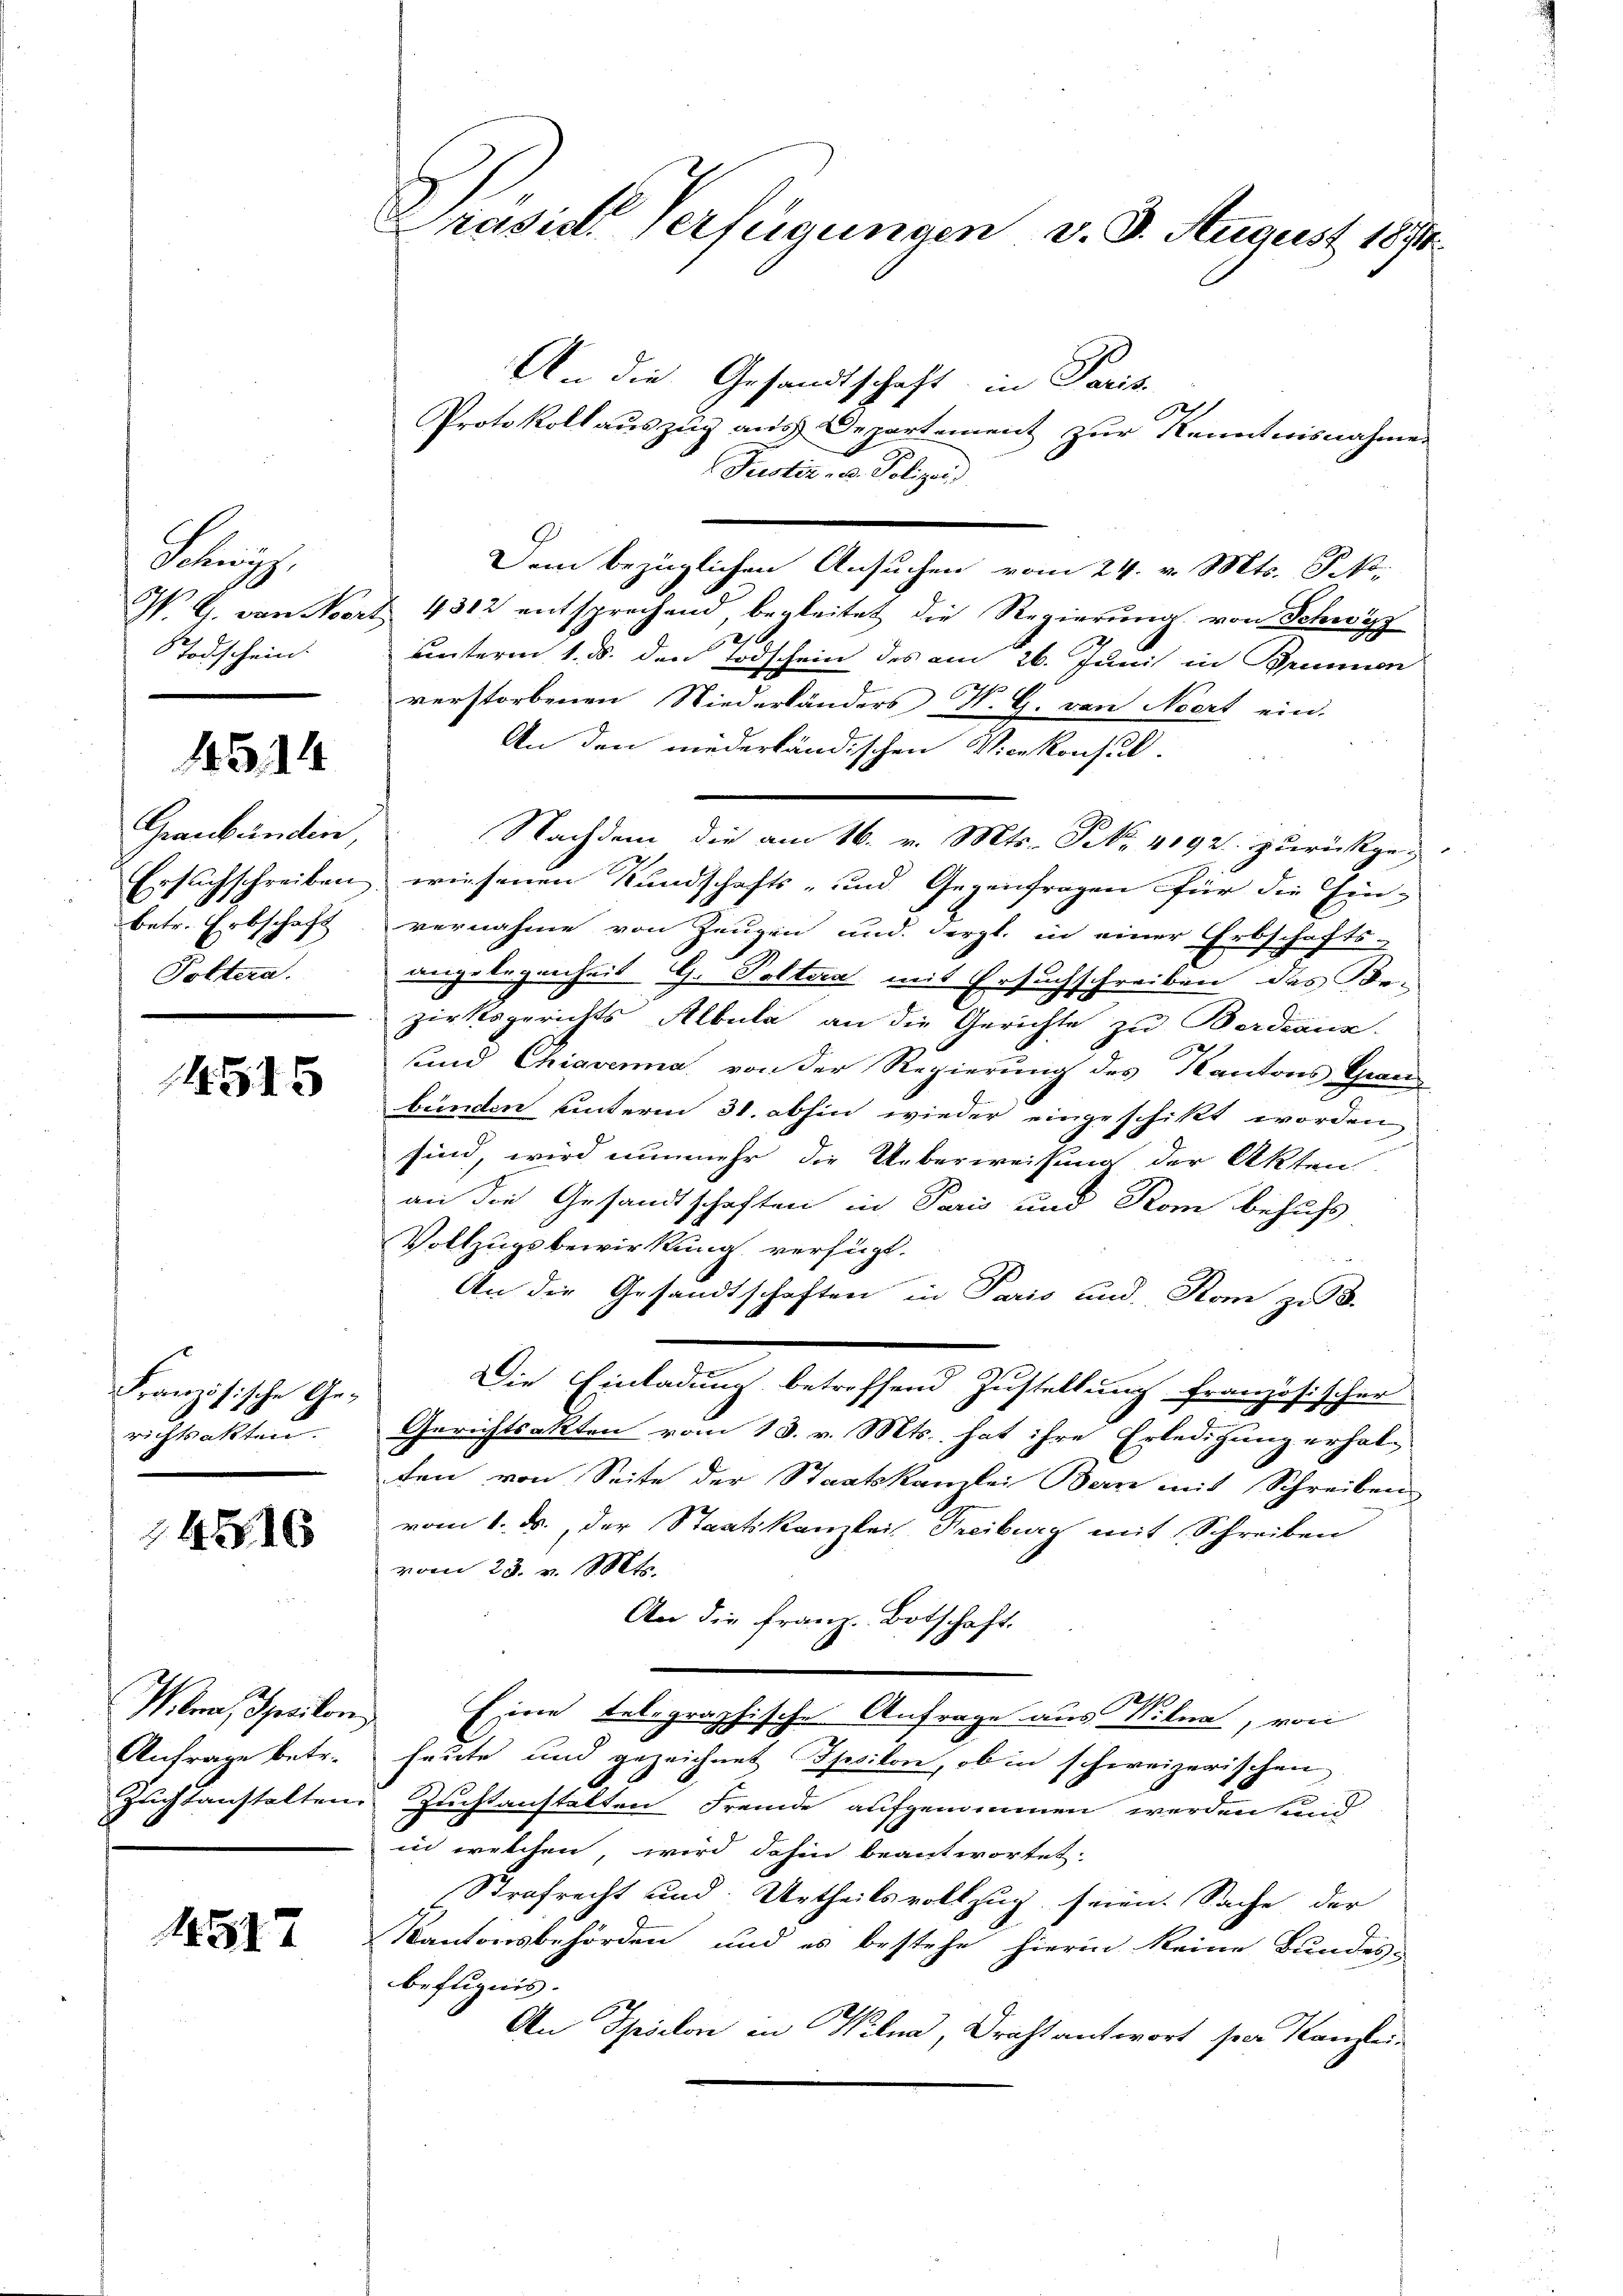
Sig
S. G. von No
 Todschein.

14514

Graubünden,
betr. Erbschaft
Poltern.

14515

Französische Gerichtsakten.

14516

Miter, Speilon
Anfrage betr.

1517

Präsid. Verfügungen v. 8. August 1874

An die Gesandtschaft in Paris
Protokoll auszug aus Departement zur Kenntnisnahme
Justiz- u. Polizei
Dem bezüglichen Ansuchen vom 24. v. Mts. Jako
4312 entsprechend, begleitet die Regierung von Schwyz
2
unterm 1. d. den Todschein des am 26. Juni in Brunnen
verstorbenen Niederländers K. G. von Neert ein-
An den niederländischen Vicekonsul-
Nachdem die am 16. v. Mts. S. 4192. zurückge-
Ersuchschreiben wiesenen Kundschafts- und Gegenfragen für die Ein-
vernahme von Zeugen und dergl. in einer Erbschafts-
angelegenheit G. Poltera mit Ersuchschreiben des Be-
zirksgerichts Albula an die Gerichte zu Berdiens.
sund Chiavenia von der Regierung des Kantons Grau
bünden unterm 31. abhin wieder eingeschikt worden
sind, wird nunmehr die Ueberweisung der Akten
an die Gesandtschaften in Paris und Rom behufs
Vollzugsbewirkung verfügt.
An die Gesandtschaften in Paris und Rom zu 3.
Die Einladung betreffend Zustellung französischer
Gerichtsakten vom 13. v. Mts. hat ihre Erledigung erhalten von Seite der Staatskanzlei Bern mit Schreiben
vom 1. ds., der Staatskanzlei Freiburg mit Schreiben
vom 23. v. Mts.
An die Franz. Botschaft
Eine telegraphische Anfrage aus Vilma, von
heute und gezeichnet Ipsilon, ob in schweizerischen
Zuchtanstalten Zuchtanstalten Fremde aufgenommen werden und
in welchen wird dahin beantwortet.
Strafrecht und Urtheilsvollzug seien. Sache der
Kantonsbehörden und es bestehe hierin keine Bundes-
befugnis.
An Spielon in Vilma, Drecht antwort per Kanzlei-